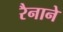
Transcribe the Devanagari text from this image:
रैनाने